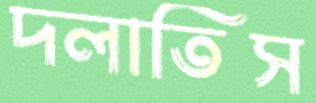
দলাতিস